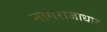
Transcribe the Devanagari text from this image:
नागराजाधार